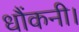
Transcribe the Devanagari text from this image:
धौंकनी।